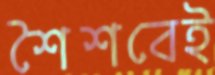
শৈশবেই